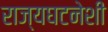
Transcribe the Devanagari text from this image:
राज्यघटनेशी